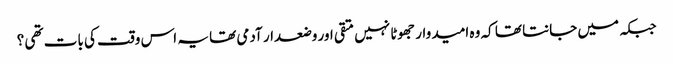
جبکہ میں جانتا تھا کہ وہ امید وار جھوٹا نہیں متقی اور وضعدار آدمی تھا یہ اس وقت کی بات تھی ؟